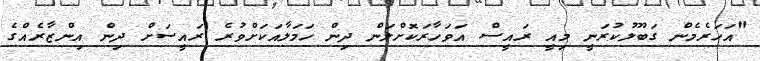
"އަހަރެމެން ގަބޫލުކުރަނީ މިއީ ރައީސް އަވަހާރަކޮށްލަން ދިން ހަމަލާއަކަށްވުރެ ރައީސަށް ދިން އިންޒާރެއްގެ